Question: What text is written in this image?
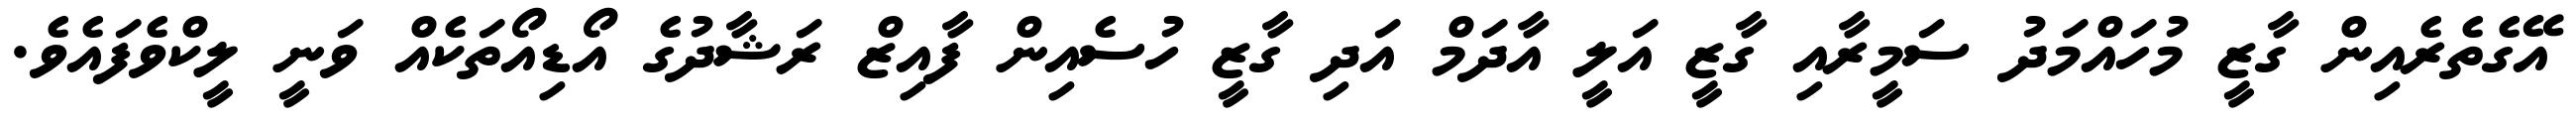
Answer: އޭގެތެރެއިން ގާޒީ މުހައްމަދު ސަމީރާއި ގާޒީ އަލީ އާދަމް އަދި ގާޒީ ހުސެއިން ފާއިޒް ރަޝާދުގެ އޯޑިއޯތަކެއް ވަނީ ލީކްވެފައެވެ.